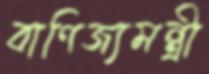
বাণিজ্যমন্ত্রী